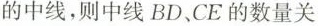
的中线，则中线BD、CE的数量关